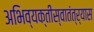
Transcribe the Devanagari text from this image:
अभिव्यक्तीस्वातंत्र्यास